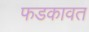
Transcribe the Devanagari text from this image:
फडकावत